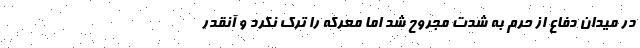
در میدان دفاع از حرم به شدت مجروح شد اما معرکه را ترک نکرد و آنقدر